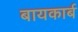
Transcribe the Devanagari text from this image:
बायकार्ब